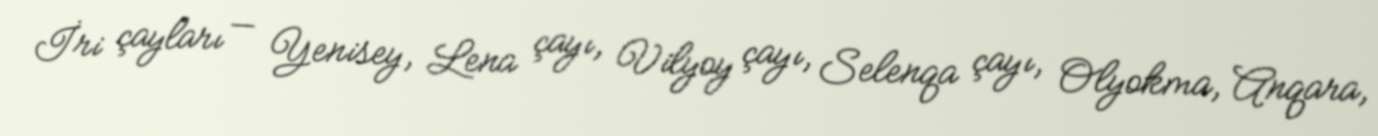
İri çayları — Yenisey, Lena çayı, Vilyoy çayı, Selenqa çayı, Olyokma, Anqara,